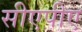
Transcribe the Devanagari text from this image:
सीएपीए